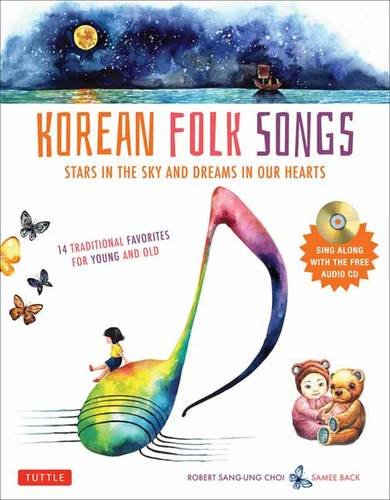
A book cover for Korean Folk Songs: Stars in the Sky and Dreams in Our Hearts [14 Sing Along Songs with the Audio CD included]; Robert Choi; Children's Books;